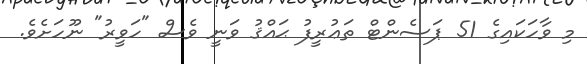
މި ވާހަކައިގެ 51 ޕަސެންޓް ތަޢުރީފު ޙައްޤު ވަނީ ވެސް "ހަވީރު" ނޫހަށެވެ.